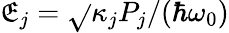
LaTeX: \mathfrak{E}_{j}=\sqrt{}{{\kappa_{j}P_{j}/(\hbar\omega_{0})}}